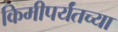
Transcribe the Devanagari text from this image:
किमीपर्यंतच्या